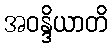
အဝန္ဒိယာတိ